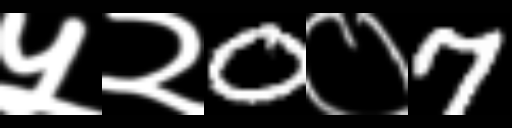
Text: ५२0०7